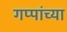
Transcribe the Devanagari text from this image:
गप्पांच्या